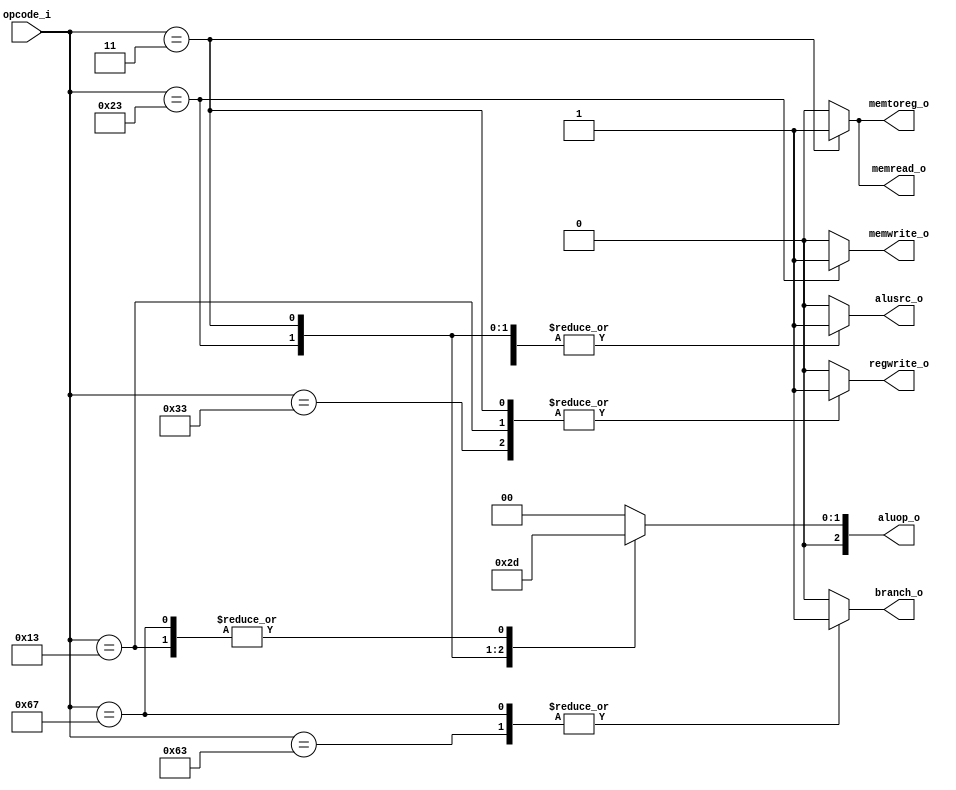
module decoder(
	input 		[6:0]	opcode_i,
	output reg	[2:0] 	aluop_o,
	output reg			branch_o,
	output reg			regwrite_o,
	output reg			alusrc_o,		// Si es uno se toma el inmediato, si es cero se toma el dato del banco de registros
	output reg 			memtoreg_o,
	output reg 			memwrite_o,
	output reg 			memread_o
);

	always@(*) begin
		case(opcode_i)
			7'b0010011: begin						// Tipo I
			// Escribe en banco de registros y recibe inmediato (extension de signo), no utiliza memoria
				regwrite_o 	<= 1'b1;
				alusrc_o 	<= 1'b1;
				branch_o	<= 1'b0;
				memread_o 	<= 1'b0;
				memwrite_o 	<= 1'b0;
				memtoreg_o 	<= 1'b0;
				aluop_o		<= 3'b001;
			end
			7'b0110011: begin						// Tipo R
			// Escribe en banco de registros y recibe dato desde el banco de registro, no utiliza memoria
				regwrite_o 	<= 1'b1;
				alusrc_o 	<= 1'b0;
				branch_o	<= 1'b0;
				memread_o 	<= 1'b0;
				memwrite_o 	<= 1'b0;
				memtoreg_o 	<= 1'b0;
				aluop_o		<= 3'b000;
			end
			7'b0100011: begin						// Tipo S
			// Guarda dato en memoria, no escribe en banco de registros
				regwrite_o 	<= 1'b0;
				alusrc_o 	<= 1'b1;
				branch_o	<= 1'b0;
				memread_o 	<= 1'b0;
				memwrite_o 	<= 1'b1;
				memtoreg_o 	<= 1'b0;
				aluop_o		<= 3'b010;
			end
			7'b0000011: begin						// Tipo L
			//Guarda dato en banco de registros, recibe dato desde memoria
				regwrite_o 	<= 1'b1;
				alusrc_o 	<= 1'b1;
				branch_o	<= 1'b0;
				memread_o 	<= 1'b1;
				memwrite_o 	<= 1'b0;
				memtoreg_o 	<= 1'b1;
				aluop_o		<= 3'b011;
			end
			7'b1100011: begin						// Tipo B
			// No escribe en banco de registros, no utiliza memoria
				regwrite_o 	<= 1'b0;
				alusrc_o 	<= 1'b0;
				branch_o	<= 1'b1;
				memread_o 	<= 1'b0;
				memwrite_o 	<= 1'b0;
				memtoreg_o 	<= 1'b0;
				aluop_o		<= 2'b100;
			end
			7'b1100111: begin						// Tipo J
				regwrite_o 	<= 1'b0;
				alusrc_o 	<= 1'b0;
				branch_o	<= 1'b1;
				memread_o 	<= 1'b0;
				memwrite_o 	<= 1'b0;
				memtoreg_o 	<= 1'b0;
				aluop_o		<= 2'b101;
			end
			default: begin							// Instruccion no soportada
				regwrite_o 	<= 1'b0;
				alusrc_o 	<= 1'b0;
				branch_o	<= 1'b0;
				memread_o 	<= 1'b0;
				memwrite_o 	<= 1'b0;
				memtoreg_o 	<= 1'b0;
				aluop_o		<= 2'b00;
			end
		endcase
	end

endmodule